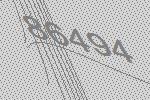
86494